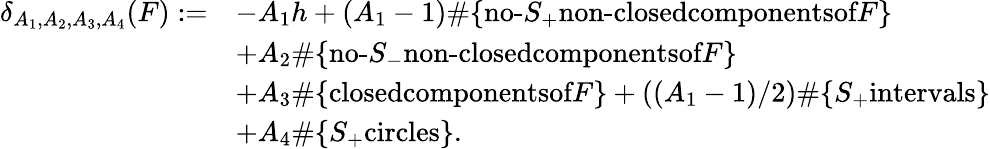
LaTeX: \begin{array}{rl}{\delta_{A_{1},A_{2},A_{3},A_{4}}(F):=}&{-A_{1}h+(A_{1}-1)\# \{ \textrm{no-}S_{+}\textrm{non-closedcomponentsof}F\} }\\ &{+A_{2}\# \{ \textrm{no-}S_{-}\textrm{non-closedcomponentsof}F\} }\\ &{+A_{3}\# \{ \textrm{closedcomponentsof}F\} +((A_{1}-1)/2)\# \{ S_{+}\textrm{intervals}\} }\\ &{+A_{4}\# \{ S_{+}\textrm{circles}\} .}\end{array}